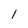
Character: 1